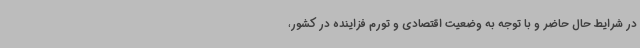
در شرایط حال حاضر و با توجه به وضعیت اقتصادی و تورم فزاینده در کشور،